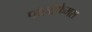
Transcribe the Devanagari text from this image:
पॉलीफेमस